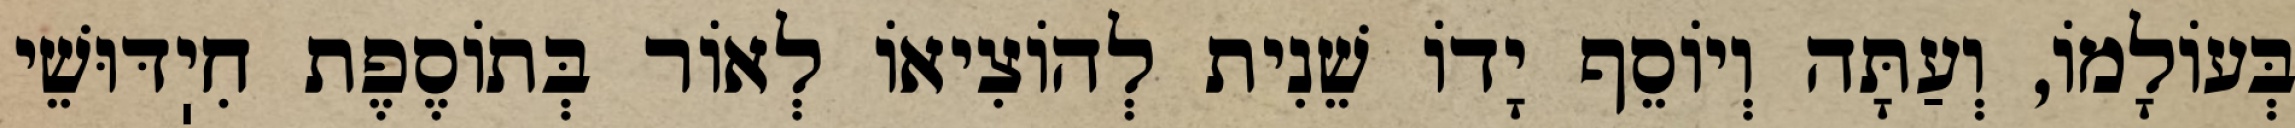
בְּעוֹלָמוֹ, וְעַתָּה וְיוֹסֵף יָדוֹ שֵׁנִית לְהוֹצִיאוֹ לְאוֹר בְּתוֹסֶפֶת חִיֽדּוּשֵׁי